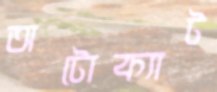
অটোক্যাট